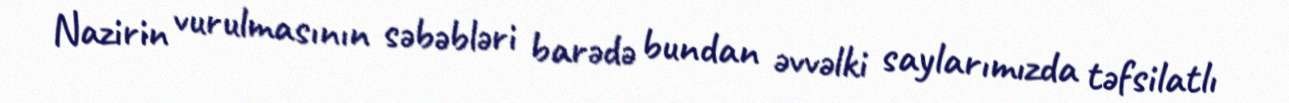
Nazirin vurulmasının səbəbləri barədə bundan əvvəlki saylarımızda təfsilatlı